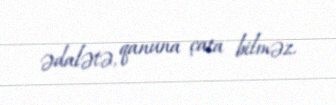
ədalətə, qanuna çata bilməz.